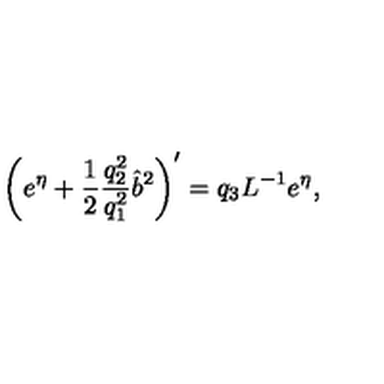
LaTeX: \left( e ^ { \eta } + \frac { 1 } { 2 } \frac { q _ { 2 } ^ { 2 } } { q _ { 1 } ^ { 2 } } \hat { b } ^ { 2 } \right) ^ { \prime } = q _ { 3 } L ^ { - 1 } e ^ { \eta } ,